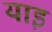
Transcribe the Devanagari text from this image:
याइ